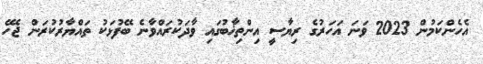
އެހެންކަމުން 2023 ވަނަ އަހަރުގެ ރިޔާސީ އިންތިޚާބުގައި ވާދަކުރައްވާނެ ބޭފުޅަކު ތައްޔާރުކުރަން ޖެހޭ